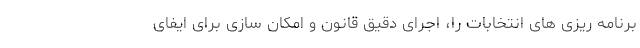
برنامه ریزی های انتخابات را، اجرای دقیق قانون و امکان سازی برای ایفای